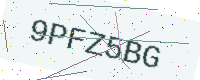
Text: 9PFZ5BG